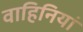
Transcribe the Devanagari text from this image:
वाहिनियां